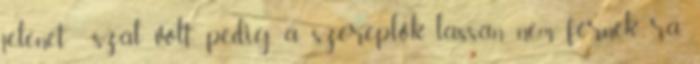
jelenet szál volt, pedig a szereplők lassan nem férnek rá